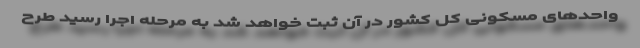
واحدهای مسکونی کل کشور در آن ثبت خواهد شد به مرحله اجرا رسید طرح